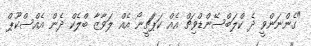
"ގެންނަންވީ ދެ ކްލަބްސޭންޑްވިޗް އެއް ކަޕަޗީނޯ އެއް ލަވާޒާ ބްލެކް ދެން އެއްސްކޫޕް